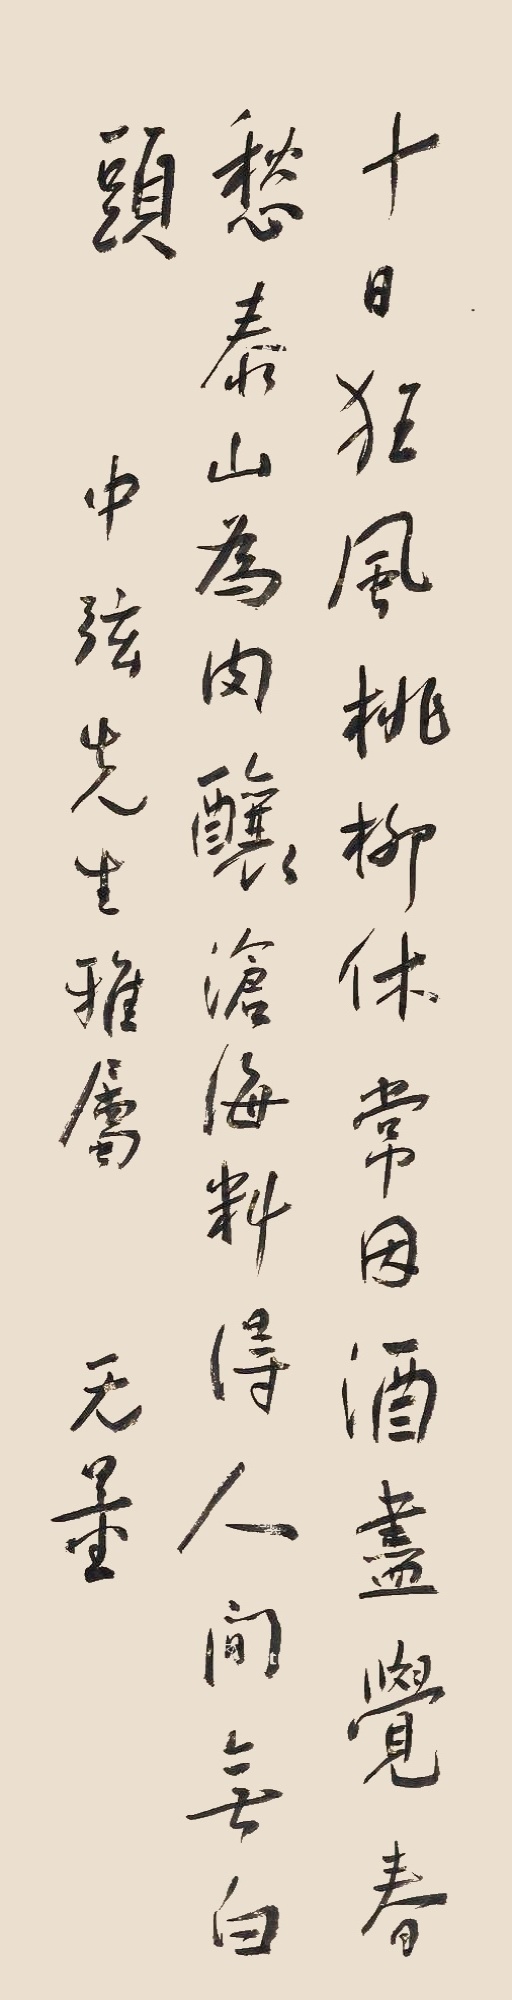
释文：十日狂风桃柳休，常因酒尽觉春愁。泰山为肉酿沧海，料得人间无白头。中弦先生雅属，无量。